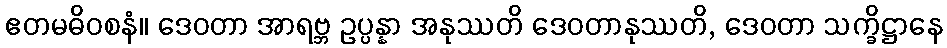
ဧတမဓိဝစနံ။ ဒေဝတာ အာရဗ္ဘ ဥပ္ပန္နာ အနုဿတိ ဒေဝတာနုဿတိ, ဒေဝတာ သက္ခိဋ္ဌာနေ